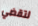
لتقضي